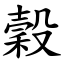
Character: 穀